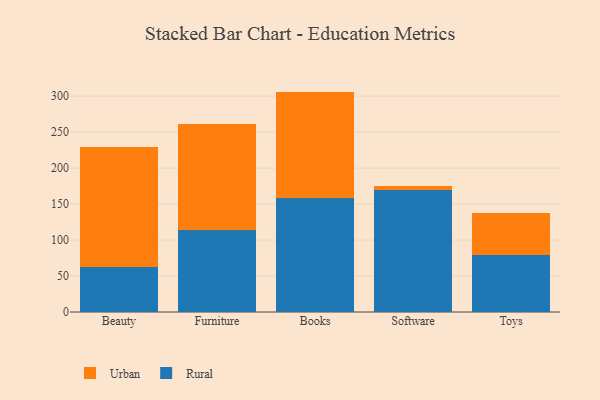
{"axis": {"x": "Category", "y": "Budget (USD K)"}, "legend": ["Rural", "Urban"], "data": [{"x": "Beauty", "y": 63.2, "type": "Rural"}, {"x": "Beauty", "y": 166.2, "type": "Urban"}, {"x": "Furniture", "y": 113.7, "type": "Rural"}, {"x": "Furniture", "y": 147.7, "type": "Urban"}, {"x": "Books", "y": 158.6, "type": "Rural"}, {"x": "Books", "y": 147.7, "type": "Urban"}, {"x": "Software", "y": 169.9, "type": "Rural"}, {"x": "Software", "y": 5.5, "type": "Urban"}, {"x": "Toys", "y": 78.7, "type": "Rural"}, {"x": "Toys", "y": 59.1, "type": "Urban"}]}